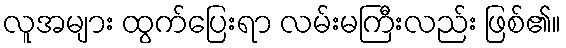
လူအများ ထွက်ပြေးရာ လမ်းမကြီးလည်း ဖြစ်၏။